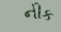
નીક